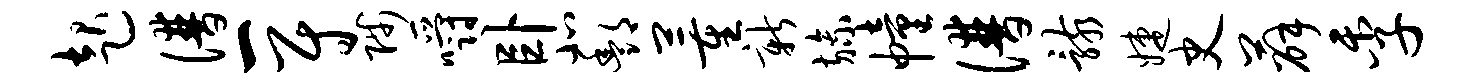
起谱一尉陟嚼卧北酆董新旒幢谱骸婕史薛季